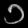
Digit: ၁